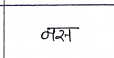
मजकूर: नस